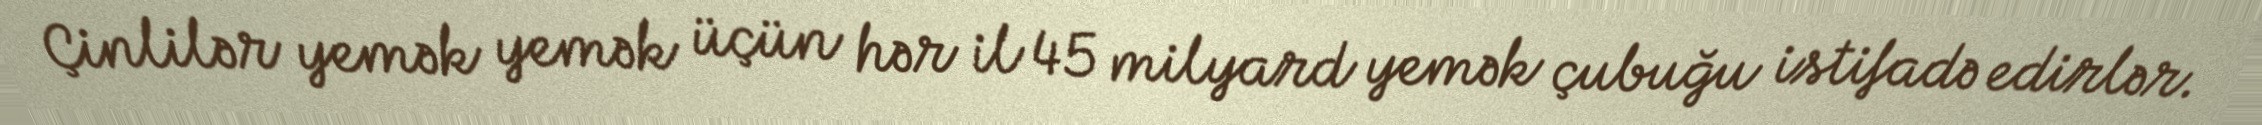
Çinlilər yemək yemək üçün hər il 45 milyard yemək çubuğu istifadə edirlər.